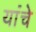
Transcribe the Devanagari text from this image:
यांंचे